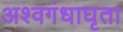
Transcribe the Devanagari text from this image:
अश्वगंधाघृता